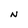
Character: N